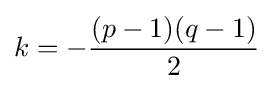
k=-{\frac {(p-1)(q-1)}{2}}